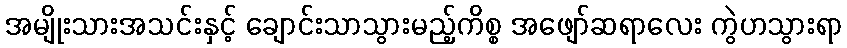
အမျိုးသားအသင်းနှင့် ချောင်းသာသွားမည့်ကိစ္စ အဖျော်ဆရာလေး ကွဲဟသွားရာ